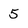
Character: 5